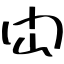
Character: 閊